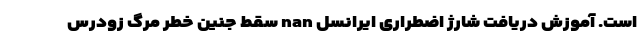
است. آموزش دریافت شارژ اضطراری ایرانسل nan سقط جنین خطر مرگ زودرس